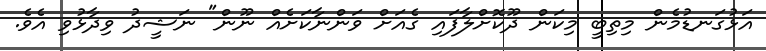
އަޅުގަނޑުމެން މިތިބީ މިކަން ދޫކޮށްލާފައި ގެއަށް ވަންނާކަށެއް ނޫން" ނަޝީދު ވިދާޅުވި އެވެ.